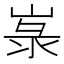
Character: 㟤